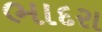
ભાદરા